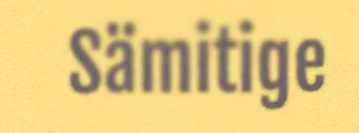
Sämitige